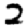
Digit: 2